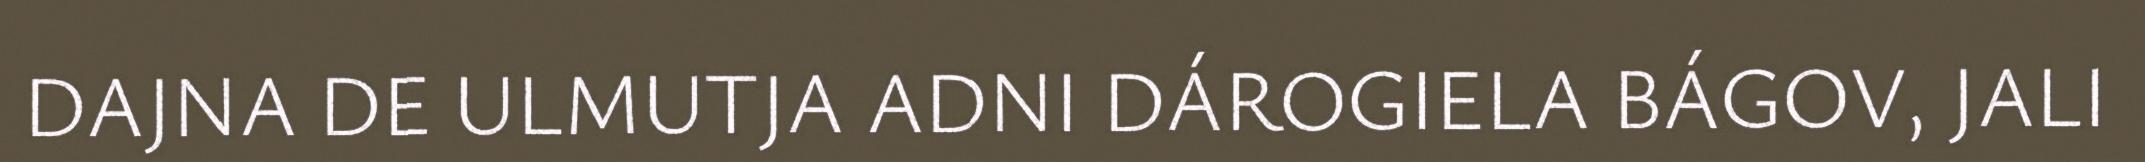
DAJNA DE ULMUTJA ADNI DÁROGIELA BÁGOV, JALI